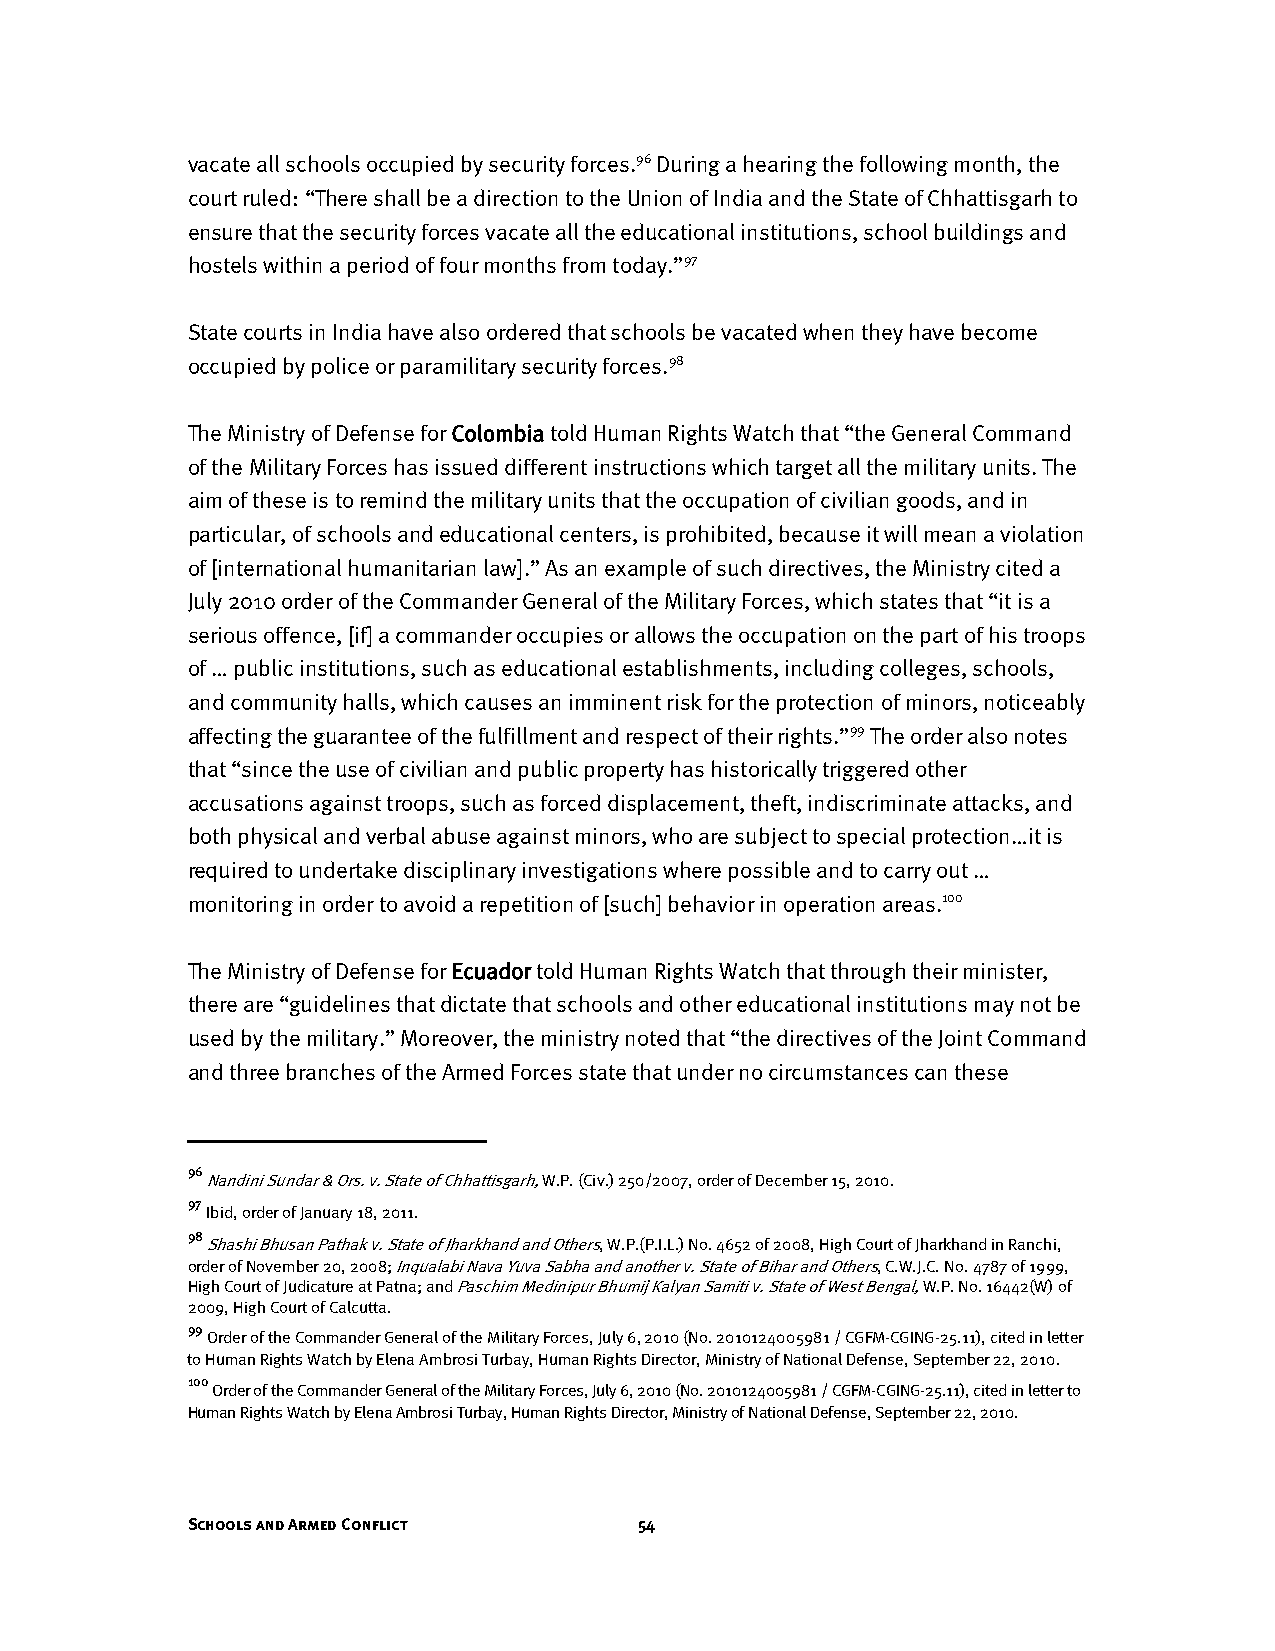
vacate all schools occupied by security forces.96 During a hearing the following month, the
 court ruled: “There shall be a direction to the Union of India and the State of Chhattisgarh to
 ensure that the security forces vacate all the educational institutions, school buildings and
 hostels within a period of four months from today.”97
 State courts in India have also ordered that schools be vacated when they have become
 occupied by police or paramilitary security forces.98
 The Ministry of Defense for Colombia told Human Rights Watch that “the General Command
 of the Military Forces has issued different instructions which target all the military units. The
 aim of these is to remind the military units that the occupation of civilian goods, and in
 particular, of schools and educational centers, is prohibited, because it will mean a violation
 of [international humanitarian law].” As an example of such directives, the Ministry cited a
 July 2010 order of the Commander General of the Military Forces, which states that “it is a
 serious offence, [if] a commander occupies or allows the occupation on the part of his troops
 of … public institutions, such as educational establishments, including colleges, schools,
 and community halls, which causes an imminent risk for the protection of minors, noticeably
 affecting the guarantee of the fulfillment and respect of their rights.”99 The order also notes
 that “since the use of civilian and public property has historically triggered other
 accusations against troops, such as forced displacement, theft, indiscriminate attacks, and
 both physical and verbal abuse against minors, who are subject to special protection…it is
 required to undertake disciplinary investigations where possible and to carry out …
 monitoring in order to avoid a repetition of [such] behavior in operation areas.100
 The Ministry of Defense for Ecuador told Human Rights Watch that through their minister,
 there are “guidelines that dictate that schools and other educational institutions may not be
 used by the military.” Moreover, the ministry noted that “the directives of the Joint Command
 and three branches of the Armed Forces state that under no circumstances can these
 96
 Nandini Sundar & Ors. v. State of Chhattisgarh, W.P. (Civ.) 250/2007, order of December 15, 2010.
 97
 Ibid, order of January 18, 2011.
 98
 Shashi Bhusan Pathak v. State of Jharkhand and Others, W.P.(P.I.L.) No. 4652 of 2008, High Court of Jharkhand in Ranchi,
 order of November 20, 2008; Inqualabi Nava Yuva Sabha and another v. State of Bihar and Others, C.W.J.C. No. 4787 of 1999,
 High Court of Judicature at Patna; and Paschim Medinipur Bhumij Kalyan Samiti v. State of West Bengal, W.P. No. 16442(W) of
 2009, High Court of Calcutta.
 99
 Order of the Commander General of the Military Forces, July 6, 2010 (No. 2010124005981 / CGFM-CGING-25.11), cited in letter
 to Human Rights Watch by Elena Ambrosi Turbay, Human Rights Director, Ministry of National Defense, September 22, 2010.
 100
 Order of the Commander General of the Military Forces, July 6, 2010 (No. 2010124005981 / CGFM-CGING-25.11), cited in letter to
 Human Rights Watch by Elena Ambrosi Turbay, Human Rights Director, Ministry of National Defense, September 22, 2010.
 Schools and Armed Conflict    54